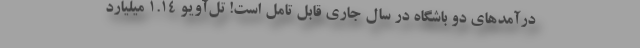
درآمدهای دو باشگاه در سال جاری قابل تامل است! تل‌آویو ۱.۱۴ میلیارد